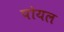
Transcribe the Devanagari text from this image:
पोयल